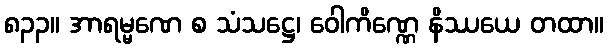
၈၃၃။ အာရမ္မဏေ စ သံသဋ္ဌေ၊ ဝေါကိဏ္ဏေ နိဿယေ တထာ။